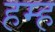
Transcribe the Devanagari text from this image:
हम्ह